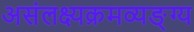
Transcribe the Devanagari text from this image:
असंलक्ष्यक्रमव्यङ्ग्य